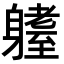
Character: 𨊆